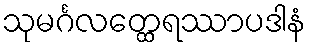
သုမင်္ဂလတ္ထေရဿာပဒါနံ